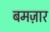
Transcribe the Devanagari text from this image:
बमज़ार